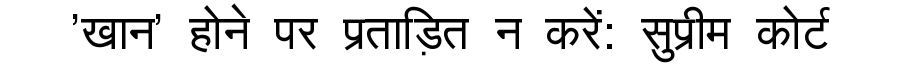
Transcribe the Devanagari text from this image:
'खान' होने पर प्रताड़ित न करें: सुप्रीम कोर्ट